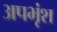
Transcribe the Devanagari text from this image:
अपभृंश